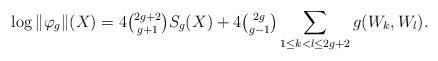
LaTeX: \begin{align*}\log\|\varphi_{g}\|(X)=4\tbinom{2g+2}{g+1}S_{g}(X)+4\tbinom{2g}{g-1}\sum_{1\le k<l\le 2g+2} g(W_{k},W_{l}).\end{align*}